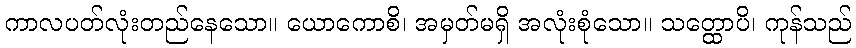
ကာလပတ်လုံးတည်နေသော။ ယောကောစိ၊ အမှတ်မရှိ အလုံးစုံသော။ သတ္ထောပိ၊ ကုန်သည်